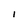
Character: 1